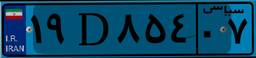
۱۹D۸۵۴۰۷